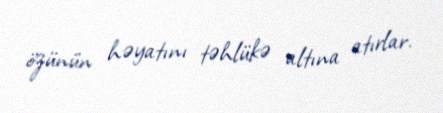
özünün həyatını təhlükə altına atırlar.